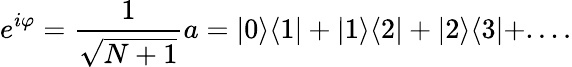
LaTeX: e^{i\varphi}=\frac{1}{\sqrt{N+1}}a=|0\rangle\langle 1|+|1\rangle\langle 2|+|2\rangle\langle 3|+....